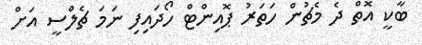
ބާކީ އޮތް ދެ މެޗުން ހަތަރު ޕޮއިންޓް ހޯދައިފި ނަމަ ޗެލްސީ އަށް